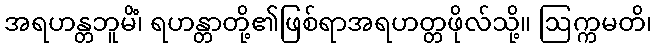
အရဟန္တဘူမိံ၊ ရဟန္တာတို့၏ဖြစ်ရာအရဟတ္တဖိုလ်သို့။ ဩက္ကမတိ၊